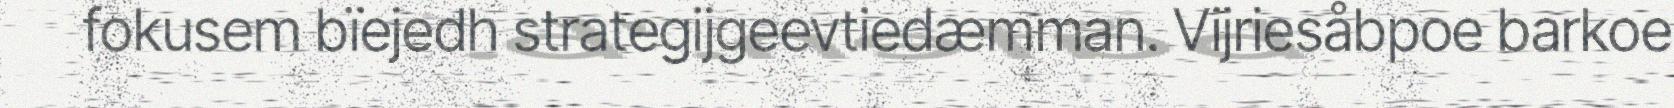
fokusem bïejedh strategijgeevtiedæmman. Vijriesåbpoe barkoe